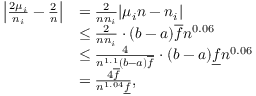
\begin{array} { r l } { \left| \frac { 2 \mu _ { i } } { n _ { i } } - \frac { 2 } { n } \right| } & { = \frac { 2 } { n n _ { i } } | \mu _ { i } n - n _ { i } | } \\ & { \le \frac { 2 } { n n _ { i } } \cdot ( b - a ) \overline { { f } } n ^ { 0 . 0 6 } } \\ & { \le \frac { 4 } { n ^ { 1 . 1 } ( b - a ) \overline { { f } } } \cdot ( b - a ) \underline { { f } } n ^ { 0 . 0 6 } } \\ & { = \frac { 4 \overline { { f } } } { n ^ { 1 . 0 4 } \underline { { f } } } , } \end{array}